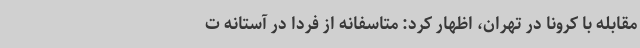
مقابله با کرونا در تهران، اظهار کرد: متاسفانه از فردا در آستانه ت